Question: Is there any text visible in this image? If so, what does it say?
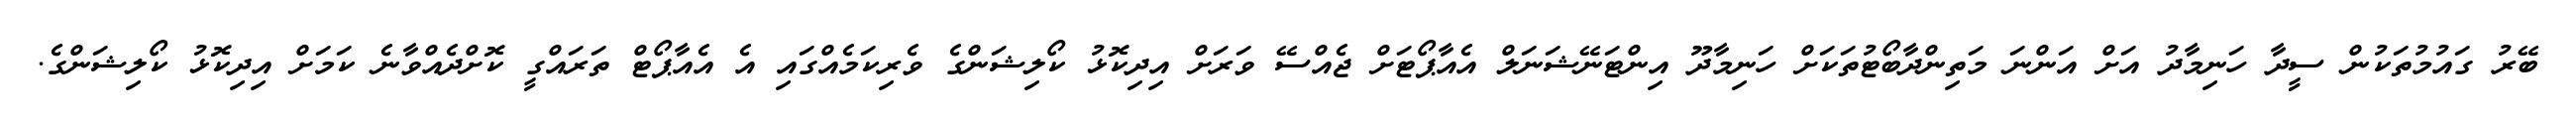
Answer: ބޭރު ގައުމުތަކުން ސީދާ ހަނިމާދު އަށް އަންނަ މަތިންދާބޯޓުތަކަށް ހަނިމާދޫ އިންޓަނޭޝަނަލް އެއާޕޯޓަށް ޖެއްސޭ ވަރަށް އިދިކޮޅު ކޯލިޝަންގެ ވެރިކަމެއްގައި އެ އެއާޕޯޓް ތަރައްގީ ކޮށްދެއްވާނެ ކަމަށް އިދިކޮޅު ކޯލިޝަންގެ.